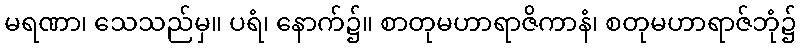
မရဏာ၊ သေသည်မှ။ ပရံ၊ နောက်၌။ စာတုမဟာရာဇိကာနံ၊ စတုမဟာရာဇ်ဘုံ၌